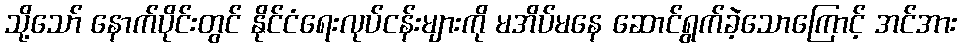
သို့သော် နောက်ပိုင်းတွင် နိုင်ငံရေးလုပ်ငန်းများကို မအိပ်မနေ ဆောင်ရွက်ခဲ့သောကြောင့် အင်အား